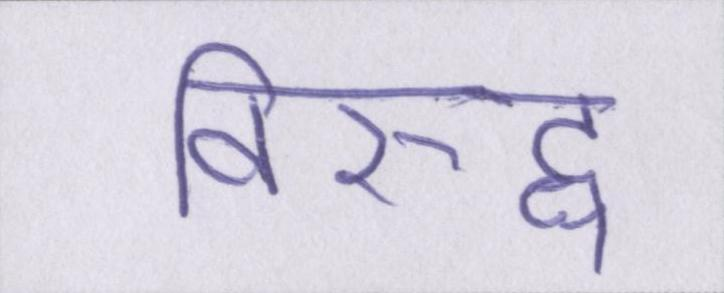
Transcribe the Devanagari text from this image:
विरुद्ध